King Institute of Preventive Medicine Micro-Biological Section reports 1912-19
Year: 1912
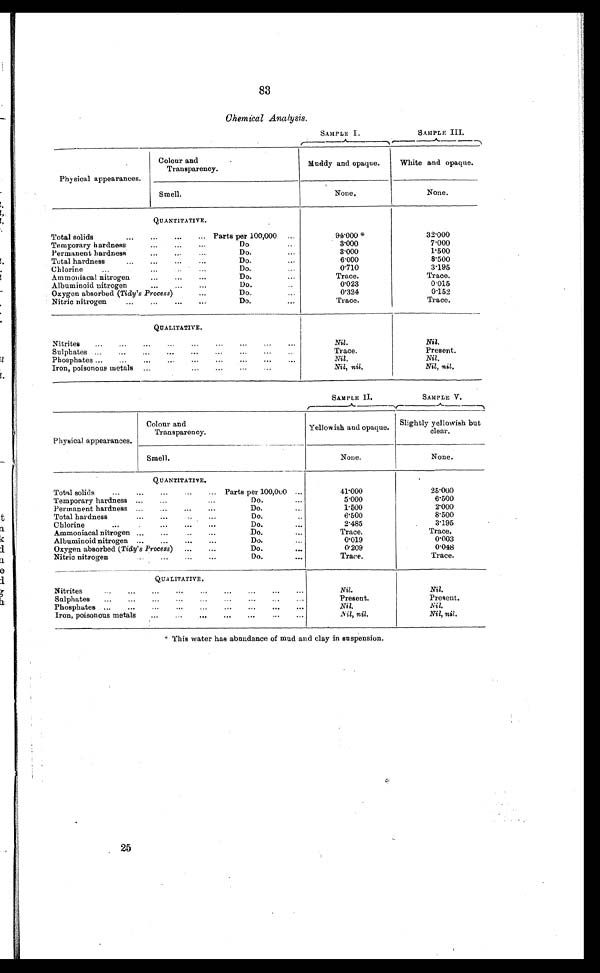
83
Chemical Analysis.
SAMPLE I .
SAMPLE III.
Physical appearances.
Colour and
Transparency.
Muddy and opaque.
White and opaque.
Smell.
None.
None.
QUANTITATIVE.
Total solids
Parts per 100,000
94.000 *
32.000
Temporary hardness
Do
3.000
7.000
Permanent hardness
Do.
3.000
1.500
Total hardness
Do.
6.000
8.500
Chlorine
Do.
0.710
3.195
Ammoniacal nitrogen
Do.
...
Trace.
Trace.
Albuminoid nitrogen
...
...
...
Do.
0 . 0 2 3
0.015
Oxygen absorbed ( Tidy's Process)
...
D o .
0.324
0.152
Nitric nitrogen
...
...
...
...
Do.
Trace.
Trace.
QUALITATIVE.
Nitrites
......
...
..
..
...
...
...
Nil.
Nil.
Sulphates ...
...
...
...
••
••
...
...
...
Trace.
Present.
Phosphates ...
...
..
...
...
,..
...
...
...
Nil.
Nil.
Iron, poisonous metals ...
...
...
.
...
Nil, nil.
Nil , nil.
SAMPLE II.
SAMPLE V.
Physical appearances.
Colour and
Transparency.
Yellowish and opaque.
Slightly yellowish but
clear.
Smell.
None.
None.
QUANTITATIVE.
Total solids
...
...
...
...
... Parts per 100,00 ...
41.000
25.000
Temporary hardness ...
..
...
Do.
...
5.000
6.500
Permanent hardness
...
...
...
Do.
...
1.500
2.000
Total hardness
...
...
..
Do.
6.500
8.500
Chlorine
...
...
Do.
...
2.485
3.195
Ammoniacal nitrogen ...
...
..
...
Do.
...
Trace.
Trace.
Albuminoid nitrogen ...
...
...
...
Do.
0.019
0.003
Oxygen absorbed ( Tidy's Process)
...
...
Do.
...
0.209
0.048
Nitric nitrogen
...
...
...
Do.
Trace.
Trace.
QUALITATIVE.
Nitrites
...
...
...
...
...
...
...
...
..
Nil.
Nil.
Sulphates
...
...
...
...
...
...
...
Present.
Present.
Phosphates ...
...
...
...
...
...
...
...
...
Nil.
Nil.
Iron, poisonous metals
...
...
...
...
...
...
Nil , nil .
Nil, nil .
* T h i s w a t e r h a s a b u n d a n c e o f m u d a n d c l a y i n s u s p e n s i o n .
25